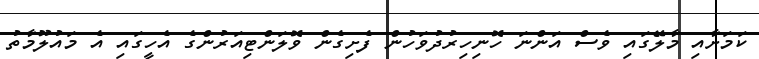
ކަމަށާއި މާލޭގައި ވެސް އަންނަ ހޮނިހިރުދުވަހުން ފެށިގެން ވޮލަންޓިއަރުންގެ އެހީގައި އެ މައުލޫމާތު